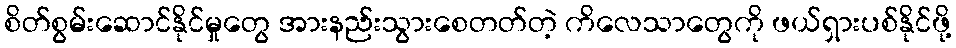
စိတ်စွမ်းဆောင်နိုင်မှုတွေ အားနည်းသွားစေတတ်တဲ့ ကိလေသာတွေကို ဖယ်ရှားပစ်နိုင်ဖို့